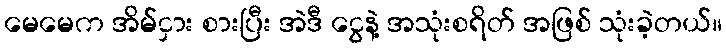
မေမေက အိမ်ငှား စားပြီး အဲဒီ ငွေနဲ့ အသုံးစရိတ် အဖြစ် သုံးခဲ့တယ်။